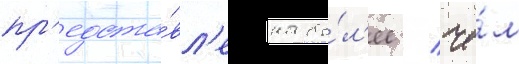
пр'едста́вл'ена бо́л'ее / че́м